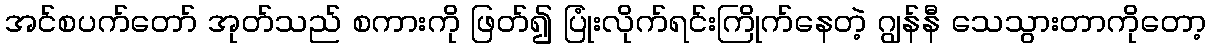
အင်စပက်တော် အုတ်သည် စကားကို ဖြတ်၍ ပြုံးလိုက်ရင်းကြိုက်နေတဲ့ ဂျွန်နီ သေသွားတာကိုတော့